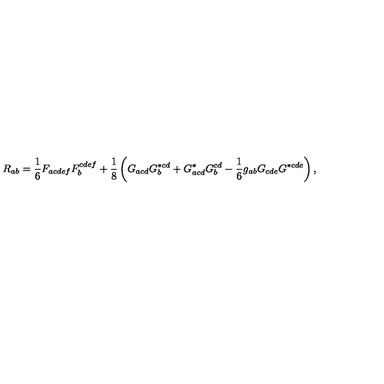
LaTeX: R _ { a b } = \frac { 1 } { 6 } F _ { a c d e f } F _ { b } ^ { c d e f } + \frac { 1 } { 8 } \left( G _ { a c d } G _ { b } ^ { * c d } + G _ { a c d } ^ { * } G _ { b } ^ { c d } - \frac { 1 } { 6 } g _ { a b } G _ { c d e } G ^ { * c d e } \right) ,